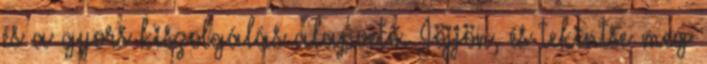
és a gyors kiszolgálás alapvető. Jöjjön, és tekintse meg